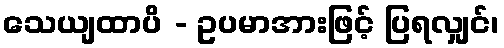
သေယျထာပိ - ဥပမာအားဖြင့် ပြရလျှင်၊